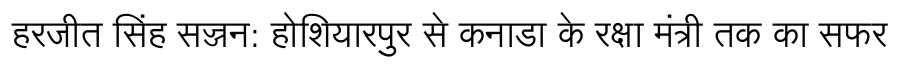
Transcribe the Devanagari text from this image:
हरजीत सिंह सज्जन: होशियारपुर से कनाडा के रक्षा मंत्री तक का सफर